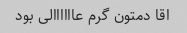
اقا دمتون گرم عاااااالی بود